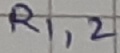
Text: R1,2